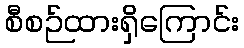
စီစဉ်ထားရှိကြောင်း